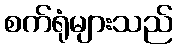
စက်ရုံများသည်